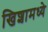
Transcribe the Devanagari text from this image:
खिशामध्ये